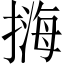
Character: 𢲨